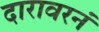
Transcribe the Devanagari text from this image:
दारावरनं